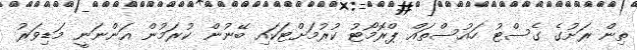
ތިން ރަށުގެ ގެސްޓު ހައުސްތައް ޕްރޮމޯޓު ކުރުމަށްޓަކައި ބޭނުން ކުރަމުން އަންނަނީ މަޑިވަރު